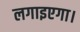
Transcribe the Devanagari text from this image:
लगाइएगा।